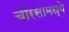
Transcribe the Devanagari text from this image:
चौरसामध्ये